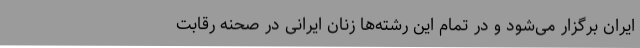
ایران برگزار می‌شود و در تمام این رشته‌ها زنان ایرانی در صحنه رقابت